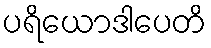
ပရိယောဒါပေတိ